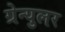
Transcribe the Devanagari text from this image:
ग्रेन्युलर